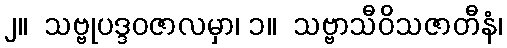
၂။  သဗ္ဗုပဒ္ဒဝဇာလမှာ၊ ၁။  သဗ္ဗာသီဝိသဇာတီနံ၊